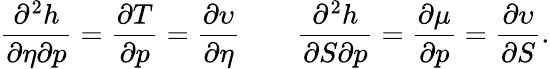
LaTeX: \frac{\partial^{2}h}{\partial\eta\partial p}=\frac{\partial T}{\partial p}=\frac{\partial\upsilon}{\partial\eta}\qquad\frac{\partial^{2}h}{\partial S\partial p}=\frac{\partial\mu}{\partial p}=\frac{\partial\upsilon}{\partial S}.